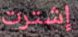
إشترت